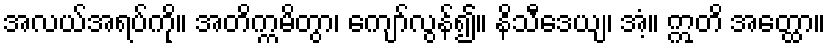
အလယ်အရပ်ကို။ အတိက္ကမိတွာ၊ ကျော်လွန်၍။ နိသီဒေယျ၊ အံ့။ ဣတိ အတ္ထော။